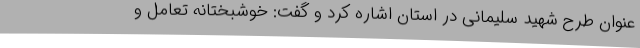
عنوان طرح شهید سلیمانی در استان اشاره کرد و گفت: خوشبختانه تعامل و